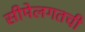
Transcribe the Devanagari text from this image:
सीमेलगतची